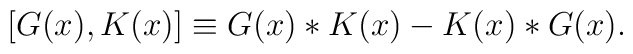
[G(x),K(x)]\equiv G(x)* K(x) -K(x)* G(x).